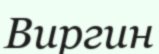
Виргин